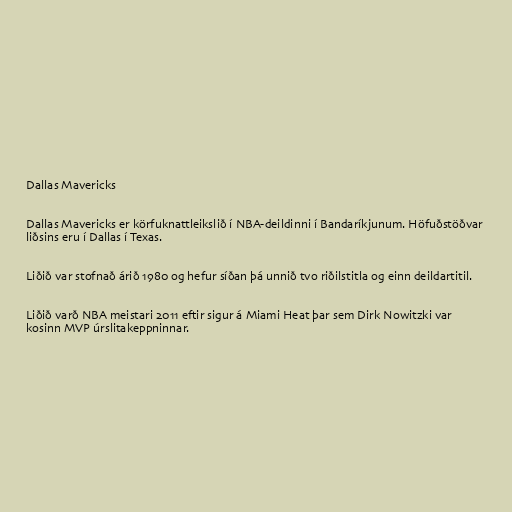
Dallas Mavericks

Dallas Mavericks er körfuknattleikslið í NBA-deildinni í Bandaríkjunum. Höfuðstöðvar
liðsins eru í Dallas í Texas.

Liðið var stofnað árið 1980 og hefur síðan þá unnið tvo riðilstitla og einn deildartitil.

Liðið varð NBA meistari 2011 eftir sigur á Miami Heat þar sem Dirk Nowitzki var
kosinn MVP úrslitakeppninnar.